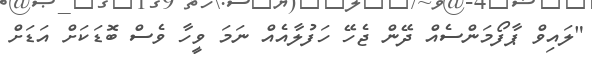
"ލައިވް ޕާފޯމަންސެއް ދޭން ޖެހޭ ހަފުލާއެއް ނަމަ ވީހާ ވެސް ބޮޑަކަށް އަޑަށް